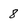
Character: 8